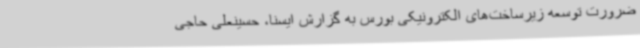
ضرورت توسعه زیرساخت‌های الکترونیکی بورس به گزارش ایسنا، حسینعلی حاجی